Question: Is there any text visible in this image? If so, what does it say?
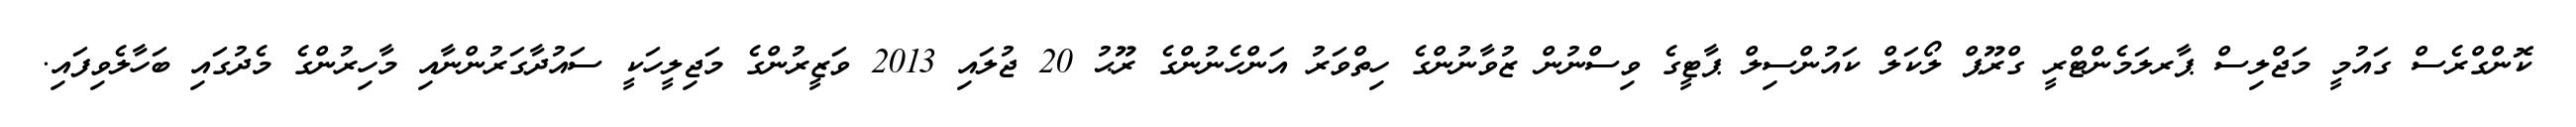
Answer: ކޮންގްރެސް ގައުމީ މަޖްލިސް ޕާރލަމެންޓްރީ ގްރޫޕް ލޯކަލް ކައުންސިލް ޕާޓީގެ ވިސްނުން ޒުވާނުންގެ ހިތްވަރު އަންހެނުންގެ ރޫޙު 20 ޖުލައި 2013 ވަޒީރުންގެ މަޖިލީހަކީ ސައުދާގަރުންނާއި މާހިރުންގެ މެދުގައި ބަހާލެވިފައި.